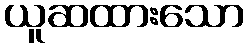
ယူဆထားသော